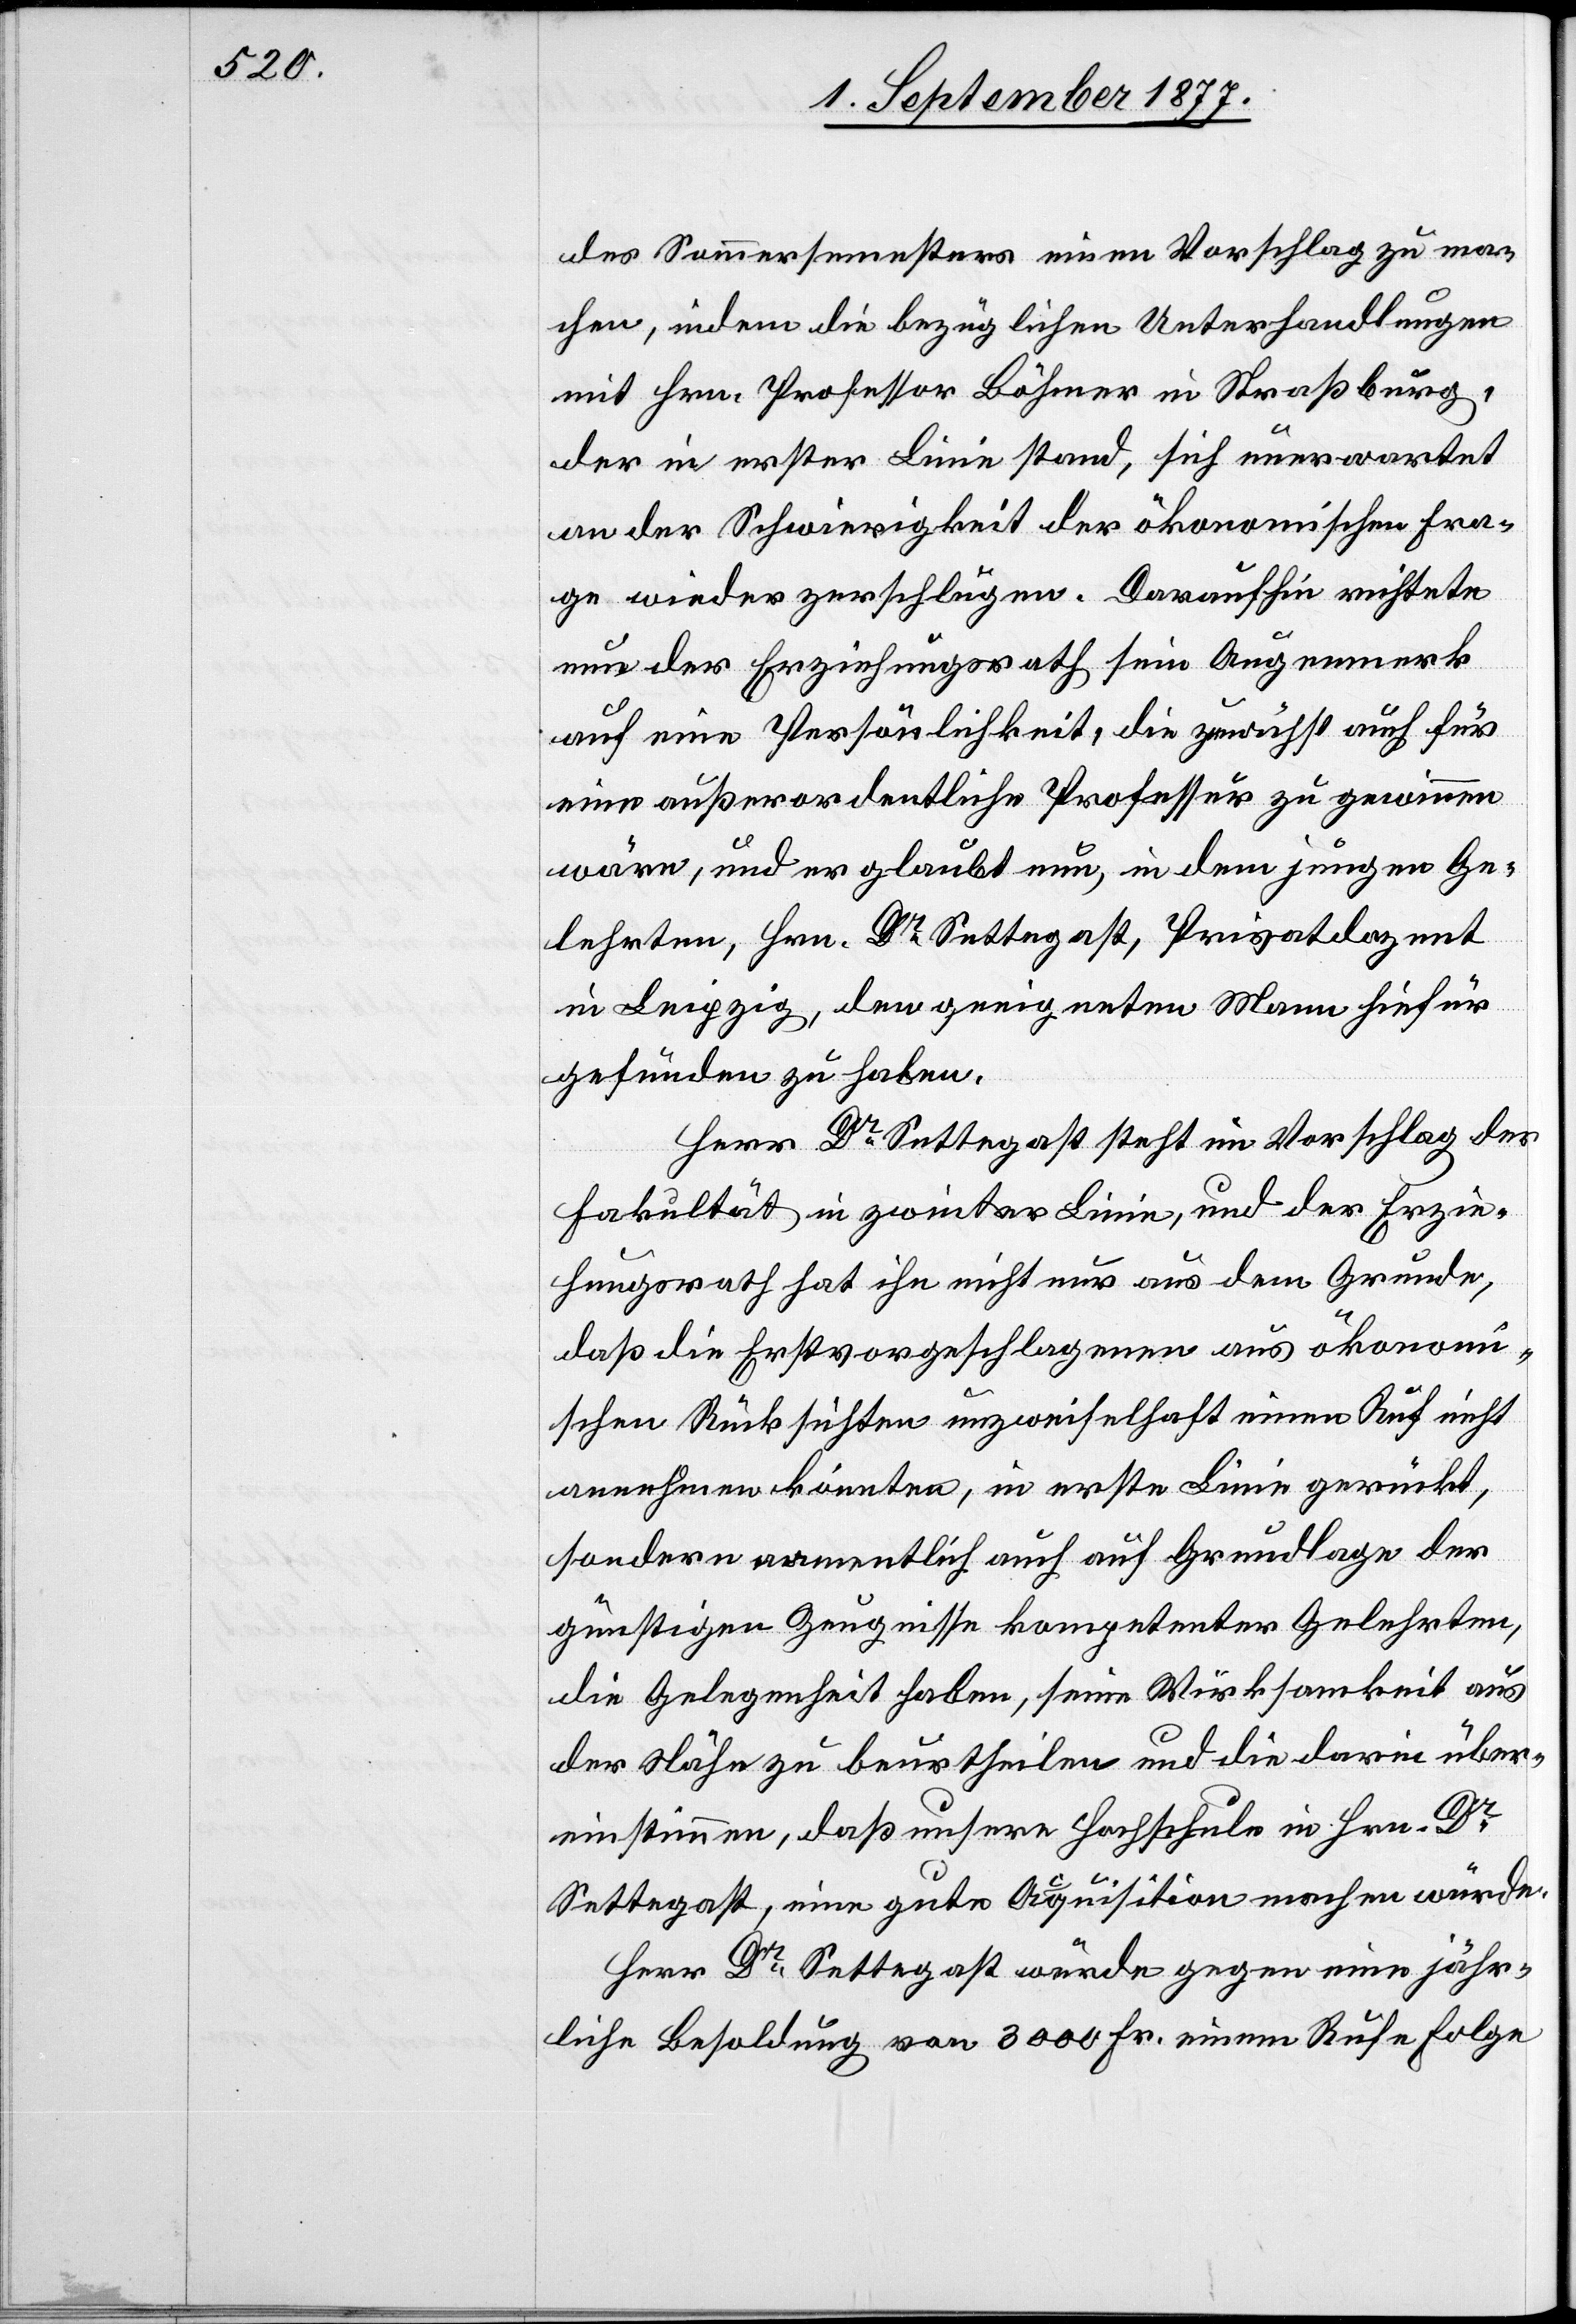
des Sommersemesters einen Vorschlag zu ma¬
chen, indem die bezüglichen Unterhandlungen
mit Hrn. Professor Böhmer in Straßburg,
der in erster Linie stand, sich unerwartet
an der Schwierigkeit der ökonomischen Fra¬
ge wieder zerschlugen. Daraufhin richtete
nun der Erziehungsrath sein Augenmerk
auf eine Persönlichkeit, die zunächst auch für
eine außerordentliche Professur zu gewinnen
wäre, und er glaubt nun, in dem jungen Ge¬
lehrten, Hrn. Dr Settegast, Privatdozent
in Leipzig, den geeigneten Mann hiefür
gefunden zu haben.
Herr Dr Settegast steht im Vorschlag der
Fakultät in zweiter Linie, und der Erzie¬
hungsrath hat ihn nicht nur aus dem Grunde,
daß die Erstvorgeschlagenen aus ökonom¬
ischen Rücksichten unzweifelhaft einen Ruf nicht
annehmen könnten, in erster Linie gerückt,
sondern namentlich auch auf Grundlage der
günstigen Zeugnisse kompetenter Gelehrten,
die Gelegenheit haben, seine Wirksamkeit aus
der Nähe zu beurtheilen und die darin über¬
einstimmen, daß unsere Hochschule in Hrn. Dr
Settegast, eine gute Acquisition machen würde.
Herr Dr Settegast würde gegen eine jähr¬
liche Besoldung von 3000 Fr. einem Rufe Folge